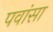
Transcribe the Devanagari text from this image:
पवांसा